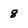
Character: 8